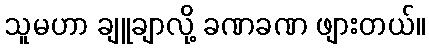
သူမဟာ ချူချာလို့ ခဏခဏ ဖျားတယ်။